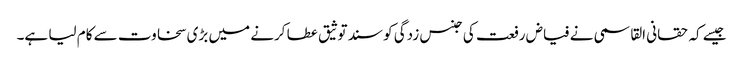
جیسے کہ حقانی القاسمی نے فیاض رفعت کی جنس زدگی کو سند توثیق عطا کرنے میں بڑی سخاوت سے کام لیا ہے۔